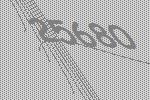
25680